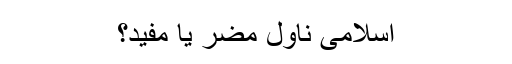
اسلامی ناول مضر یا مفید؟